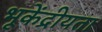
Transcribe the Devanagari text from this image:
भूकेंद्रीयता